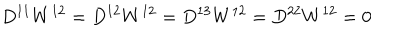
D ^ { 1 1 } W ^ { 1 2 } = D ^ { 1 2 } W ^ { 1 2 } = D ^ { 1 3 } W ^ { 1 2 } = D ^ { 2 2 } W ^ { 1 2 } = 0